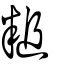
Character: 䊚